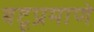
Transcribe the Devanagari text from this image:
बटूप्रमाणे